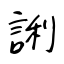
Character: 誗